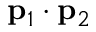
\ensuremath { \mathbf { p } } _ { 1 } \cdot \ensuremath { \mathbf { p } } _ { 2 }